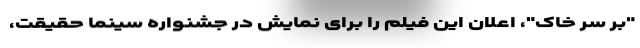
"بر سر خاک"، اعلان این فیلم را برای نمایش در جشنواره سینما حقیقت،